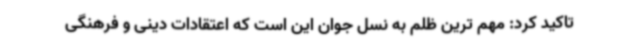
تاکید کرد: مهم ترین ظلم به نسل جوان این است که اعتقادات دینی و فرهنگی